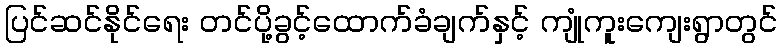
ပြင်ဆင်နိုင်ရေး တင်ပို့ခွင့်ထောက်ခံချက်နှင့် ကျုံကူးကျေးရွာတွင်